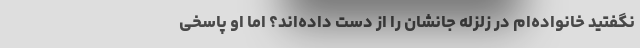
نگفتید خانواده‌ام در زلزله جانشان را از دست داده‌اند؟ اما او پاسخی